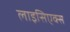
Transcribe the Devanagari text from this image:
लाइसिएक्स